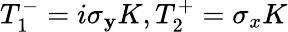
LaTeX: T_{1}^{-}=i\sigma_{\mathbf{y}}K,T_{2}^{+}=\sigma_{x}K